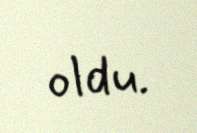
oldu.